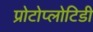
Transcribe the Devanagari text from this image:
प्रोटोप्लोटिडी